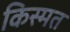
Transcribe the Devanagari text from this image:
किस्‍मत